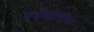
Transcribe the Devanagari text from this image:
महीद्वीपीय